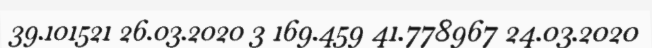
39.101521 26.03.2020 3 169.459 41.778967 24.03.2020